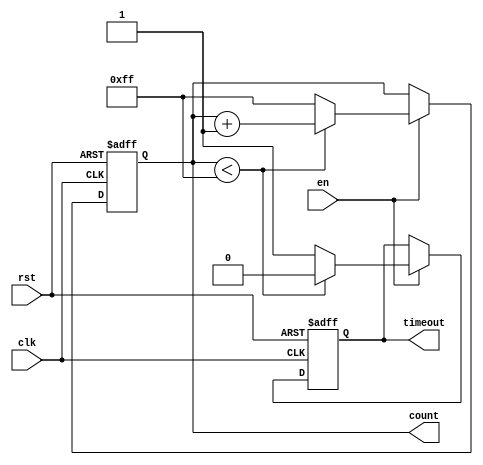
module TimeoutCounter #(
    parameter MAX_COUNT = 8'b11111111 // Default to 255 (8-bit)
) (
    input wire clk,          // Clock input
    input wire rst,          // Asynchronous reset input
    input wire en,           // Enable input
    output reg [7:0] count,  // 8-bit count output
    output reg timeout       // Timeout signal output
);

    // Sequential logic for counting
    always @(posedge clk or posedge rst) begin
        if (rst) begin
            // Reset condition
            count <= 8'b0;         // Reset count to 0
            timeout <= 1'b0;       // Reset timeout signal
        end else if (en) begin
            if (count < MAX_COUNT) begin
                count <= count + 1; // Increment count
                timeout <= 1'b0;     // Deassert timeout
            end else begin
                // Max count reached
                count <= MAX_COUNT;  // Hold at max count
                timeout <= 1'b1;     // Assert timeout signal
            end
        end
        // If 'en' is low, we simply hold the current count and timeout value
    end

endmodule